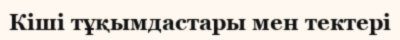
Кіші тұқымдастары мен тектері